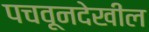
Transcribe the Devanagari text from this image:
पचवूनदेखील